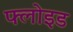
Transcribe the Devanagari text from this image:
फ्लोइड